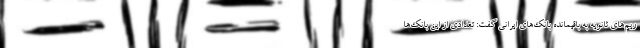
ریم‌های ثانویه به باقیمانده بانک‌های ایرانی گفت: تعدادی از این بانک‌ها